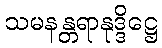
သမနန္တရာနုဒ္ဒိဋ္ဌေ